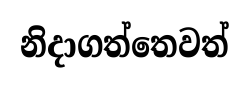
නිදාගත්තෙවත්